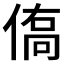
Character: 𬾿